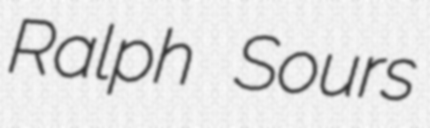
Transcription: Ralph Sours